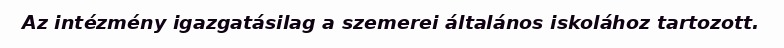
Az intézmény igazgatásilag a szemerei általános iskolához tartozott.